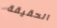
الحقيقة